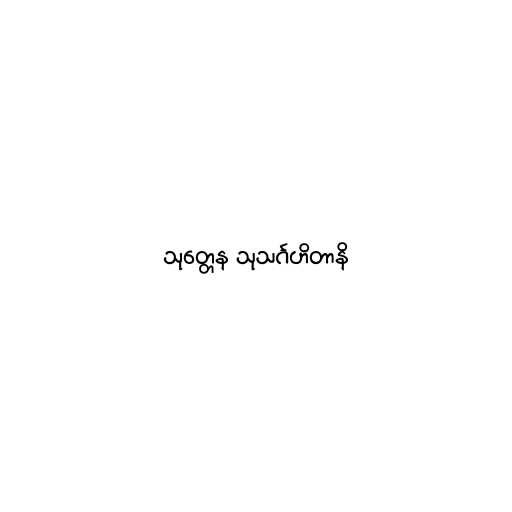
သုတ္တေန သုသင်္ဂဟိတာနိ